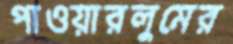
পাওয়ারলুমের